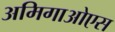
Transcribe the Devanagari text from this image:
अमिगाओएस